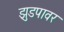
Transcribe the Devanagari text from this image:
झुडपावर